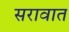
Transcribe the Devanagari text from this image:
सरावात